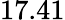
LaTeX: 17.41